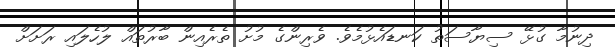
ދިނުމާ ގުޅޭ ސިޔާސަތު ކަނޑައެޅުމެވެ. ވެރިންގެ މުށު ތެރެއިން ބާރުތައް ލުހެލައި ރަށަށް